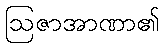
ဩဇာအာဏာ၏